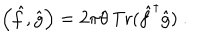
\left( \hat { f } , \hat { g } \right) = 2 \pi \theta { \, \mathrm { T r } } ( { \hat { f } } ^ { \dagger } \hat { g } ) ~ .